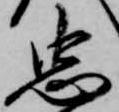
忠